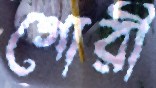
গোরী